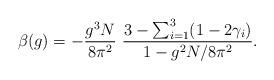
LaTeX: \begin{align*}\beta(g)=-\frac{g^3 N}{8\pi^2}~ \frac{3-\sum_{i=1}^3 (1-2\gamma_i)}{1-g^2N/8\pi^2}.\end{align*}